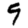
Digit: 9